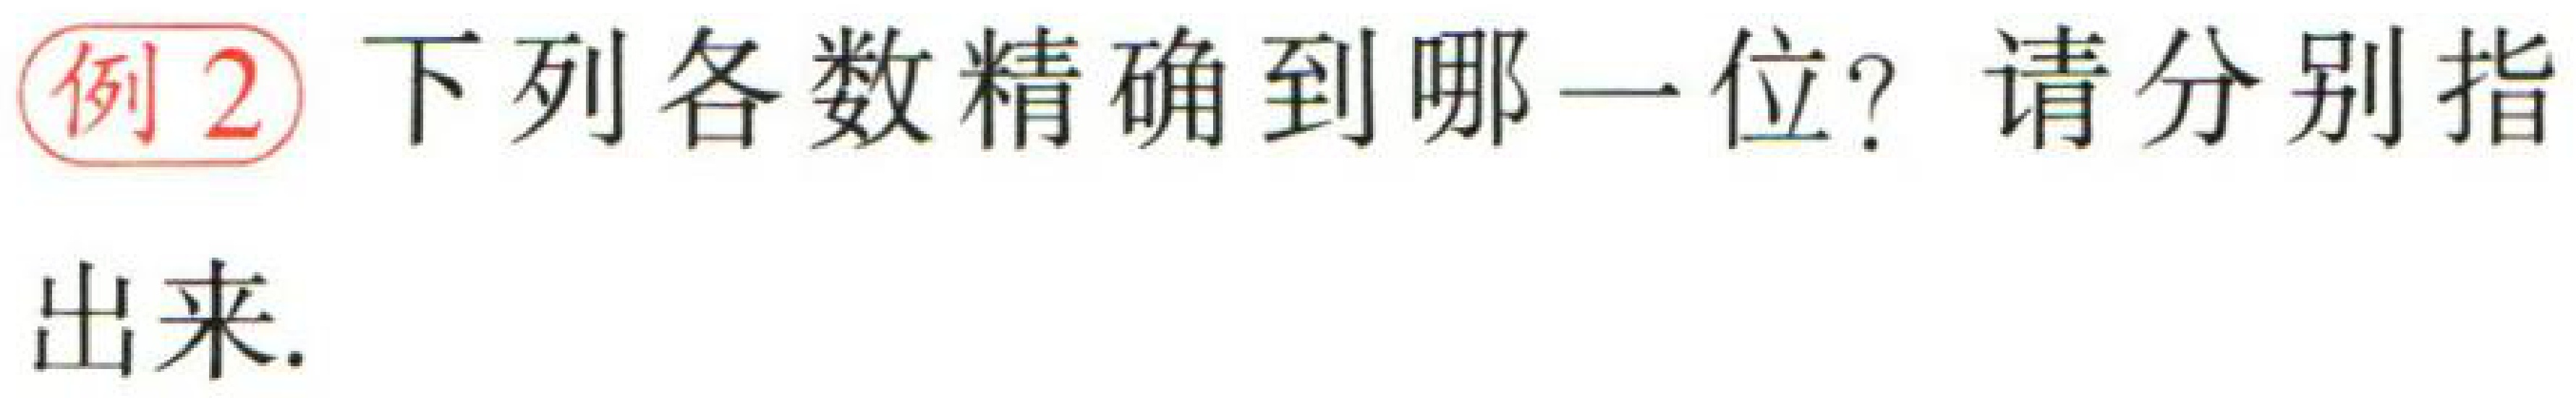
例2 下列各数精确到哪一位？请分别指出来.